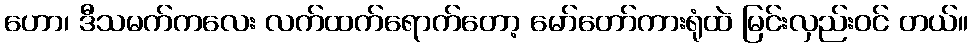
ဟော၊ ဒီသမက်ကလေး လက်ထက်ရောက်တော့ မော်တော်ကားရုံထဲ မြင်းလှည်းဝင် တယ်။